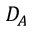
D _ { A }